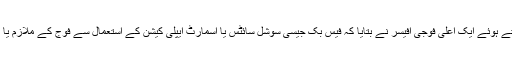
فوج میں سوشل نیٹ ورکنگ سائٹس کے استعمال پر پابندی کے بارے میں جانکاری دیتے ہوئے ایک اعلیٰ فوجی آفیسر نے بتایا کہ فیس بک جیسی سوشل سائٹس یا اسمارٹ ایپلی کیشن کے استعمال سے فوج کے ملازم یا آفیسر انجانے میں ہی خود بخود جاسوسی کے ہتھیار کے طور پر استعمال ہو رہے تھے۔